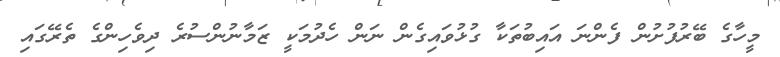
މީހާގެ ބޭރުފުށުން ފެންނަ އައިބުތަކާ ގުޅުވައިގެން ނަން ހެދުމަކީ ޒަމާނުންސުރެ ދިވެހިންގެ ތެރޭގައި